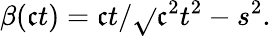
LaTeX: \beta(\mathfrak{c}t)=\mathfrak{c}t/{\sqrt{}{{\mathfrak{c}^{2}t^{2}-s^{2}}}}.